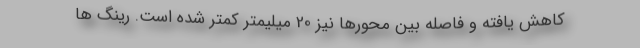
کاهش یافته و فاصله بین محورها نیز 20 میلیمتر کمتر شده است. رینگ ها